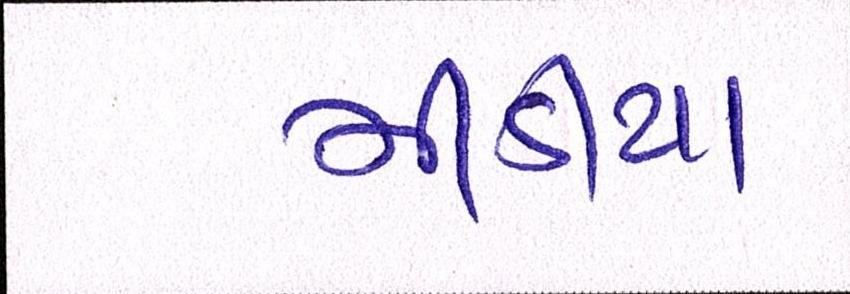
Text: મીડીયા